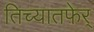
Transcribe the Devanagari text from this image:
तिच्यातफेर्